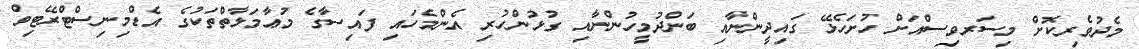
މެދުވެރިކޮށް މިސަރވިސްއަށް ހުށަހެޅޭ ގައިދީންނާއި ބަންދުމީހުންނާއި ގުޅުންހުރި އެންމެހައި ފައިސާގެ މުޢާމަލާތްތަކުގެ އެޑްމިނިސްޓްރޭޓިވް